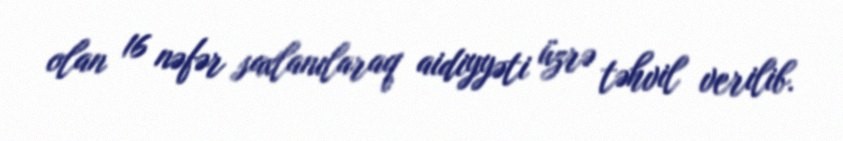
olan 16 nəfər saxlanılaraq aidiyyəti üzrə təhvil verilib.